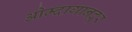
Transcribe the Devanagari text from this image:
ओम्दागानदूर